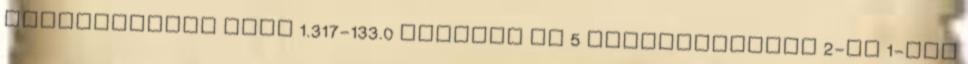
magasnyomású mosó 1.317-133.0 Karcher FC 5 Padlótisztító 2-az 1-ben